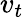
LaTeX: v_{t}